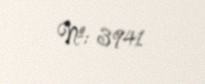
№: 3941